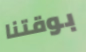
بوقتنا